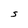
Character: S